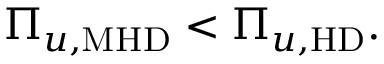
\begin{array} { r } { \Pi _ { u , \mathrm { M H D } } < \Pi _ { u , \mathrm { H D } } . } \end{array}